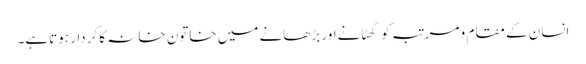
انسان کے مقام و مرتبہ کو گھٹانےاور بڑھانے میں خاتون خانہ کا کردار ہوتاہے۔